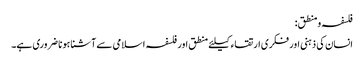
فلسفہ ومنطق:
انسان کی ذہنی اور فکری ارتقاء کیلئے منطق اور فلسفہ اسلامی سے آشنا ہونا ضروری ہے۔